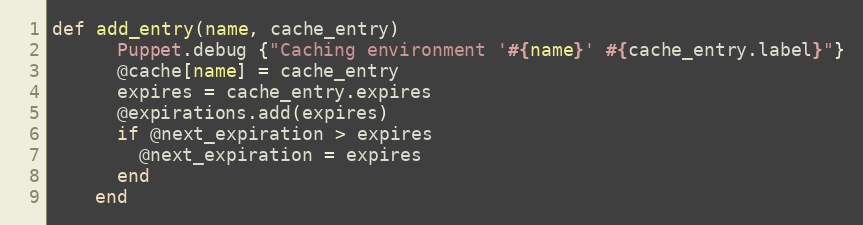
Language: Ruby
def add_entry(name, cache_entry)
      Puppet.debug {"Caching environment '#{name}' #{cache_entry.label}"}
      @cache[name] = cache_entry
      expires = cache_entry.expires
      @expirations.add(expires)
      if @next_expiration > expires
        @next_expiration = expires
      end
    end